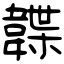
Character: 韘